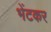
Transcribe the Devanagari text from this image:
भेंटकर